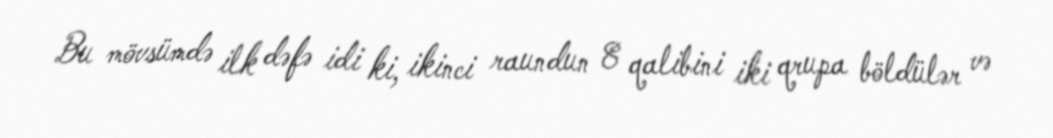
Bu mövsümdə ilk dəfə idi ki, ikinci raundun 8 qalibini iki qrupa böldülər və